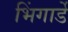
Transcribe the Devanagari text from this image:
भिंगार्डे